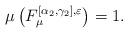
LaTeX: \begin{align*}\mu\left(F_{\mu}^{[\alpha_2,\gamma_2],\varepsilon}\right)=1.\end{align*}